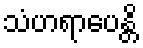
သံဟရာပေန္တိ